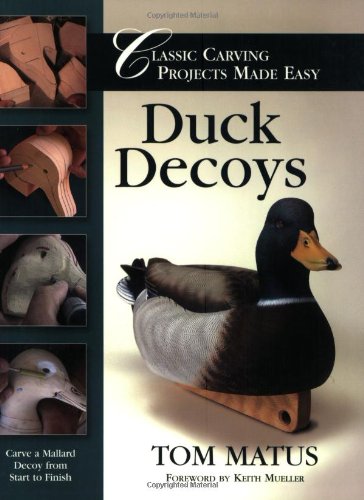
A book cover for Duck Decoys: Classic Carving Projects Made Easy (Classic Carving Projects Made Easy series); Tom Matus; Crafts, Hobbies & Home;